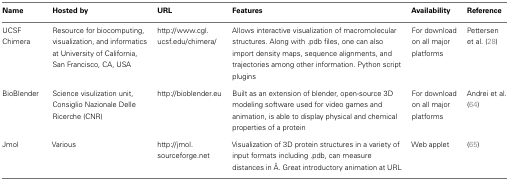
| Name | Hosted by | URL | Features | Availability | Reference |
 | --- | --- | --- | --- | --- | --- |
 | UCSF Chimera | Resource for biocomputing, visualization, and informatics at University of California, San Francisco, CA, USA | http://www.cgl.ucsf.edu/chimera/ | Allows interactive visualization of macromolecular structures. Along with .pdb files, one can also import density maps, sequence alignments, and trajectories among other information. Python script plugins | For download on all major platforms | Pettersen et al. (28) |
 | BioBlender | Science visulization unit, Consiglio Nazionale Delle Ricerche (CNR) | http://bioblender.eu | Built as an extension of blender, open-source 3D modeling software used for video games and animation, is able to display physical and chemical properties of a protein | For download on all major platforms | Andrei et al. (64) |
 | Jmol | Various | http://jmol.sourceforge.net | Visualization of 3D protein structures in a variety of input formats including .pdb, can measure distances in Å. Great introductory animation at URL | Web applet | (65) |